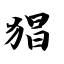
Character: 猖